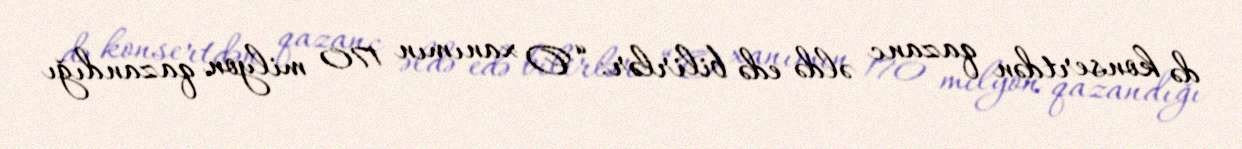
də konsertdən qazanc əldə edə bilirlər: “O xanımın 170 milyon qazandığı